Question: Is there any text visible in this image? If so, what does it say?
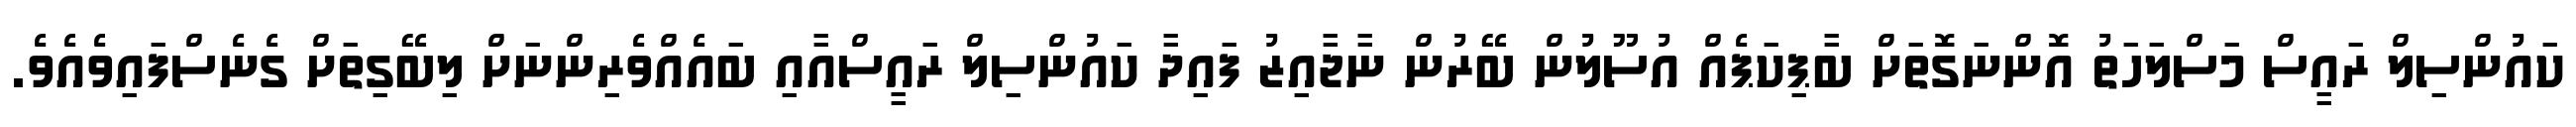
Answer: ކައުންސިލް ރައީސް މަސްލަހަތު އޮންނަގޮތަށް ބާޕިކަޕެއް އުސޫލުން ބޭރުން ނާޖާއިޒު ފައިދާ ކައުންސިލް ރައީސްއާއި ބައެއްވެރިންނަށް ލިބޭގިތަށް ގެނެސްފައިވެއެވެ.